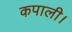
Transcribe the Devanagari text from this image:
कपाली।